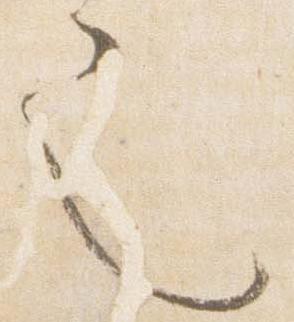
也